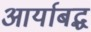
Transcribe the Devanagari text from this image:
आर्याबद्ध